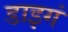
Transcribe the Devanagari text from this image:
डाइगं